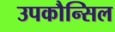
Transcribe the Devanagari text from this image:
उपकौन्सिल